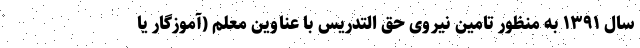
سال ۱۳۹۱ به منظور تامین نیروی حق التدریس با عناوین معلم (آموزگار یا